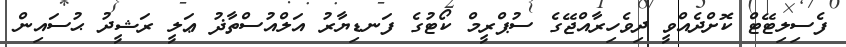
ފެސިލިޓޭޓް ކޮށްދެއްވީ ދިވެހިރާއްޖޭގެ ސުޕްރީމް ކޯޓުގެ ފަނޑިޔާރު އަލްއުސްތާޛު ޢަލީ ރަޝީދު ޙުސައިން